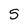
Character: 5